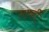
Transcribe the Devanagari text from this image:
गार्व्ही